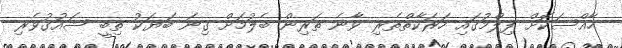
ހާއްސަކޮށް ފިލްމުގައި ހަރަކާތްތެރި ވާނެ ތަރިން ބެލުމަށް ގިނަ ބަޔަކު ތިބީ ޝައުގުވެރި